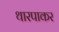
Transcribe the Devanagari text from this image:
थारपाकर